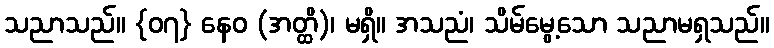
သညာသည်။ {၀၇} နေဝ (အတ္ထိ)၊ မရှိ။ အသညံ၊ သိမ်မွေ့သော သညာမရှသည်။